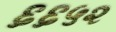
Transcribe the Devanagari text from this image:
६६५२